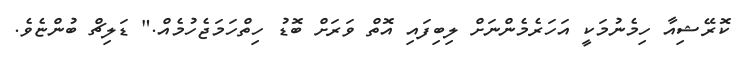
ކޮރޭޝިއާ ހިމެނުމަކީ އަހަރެމެންނަށް ލިބިފައި އޮތް ވަރަށް ބޮޑު ހިތްހަމަޖެހުމެއް." ޑަލިޗް ބުންޏެވެ.